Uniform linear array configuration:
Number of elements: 4
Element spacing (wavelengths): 0.75
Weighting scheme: hann
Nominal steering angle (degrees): -15
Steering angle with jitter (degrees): -16.484
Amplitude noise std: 0.05
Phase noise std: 0.05

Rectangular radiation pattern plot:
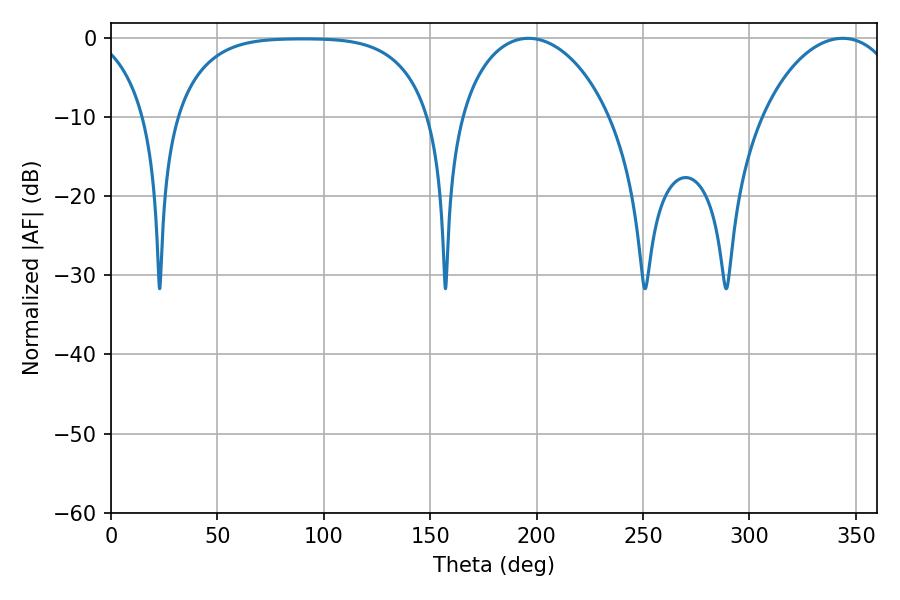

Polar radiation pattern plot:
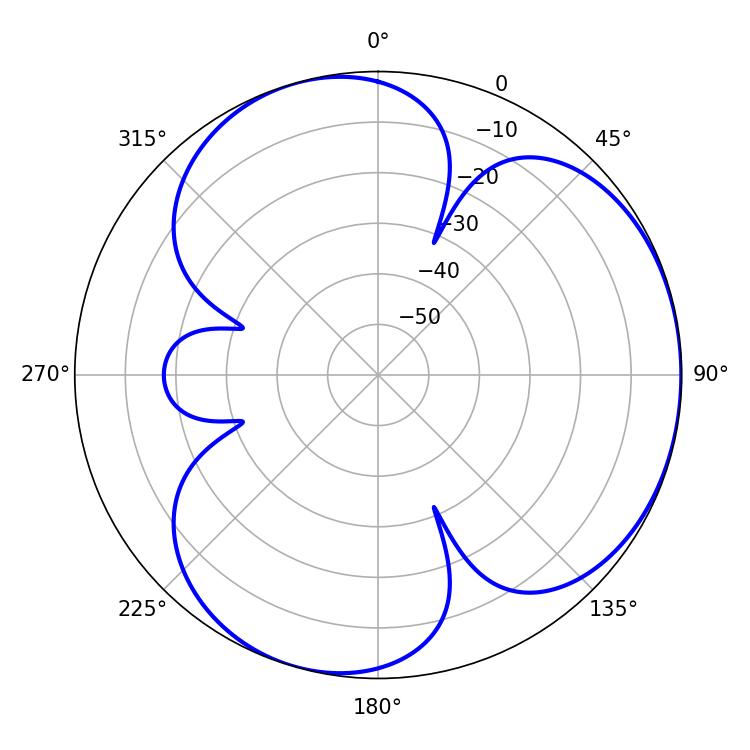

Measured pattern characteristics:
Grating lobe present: TRUE
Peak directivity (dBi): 3.692
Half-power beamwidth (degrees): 37.62
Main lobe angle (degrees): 343.8